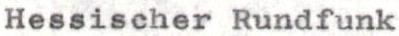
Hessischer Rundfunk